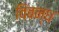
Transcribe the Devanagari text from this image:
विबन्ध